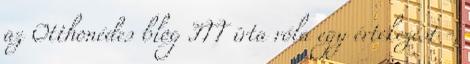
az Otthonédes blog ITT írta róla egy értekezést -,